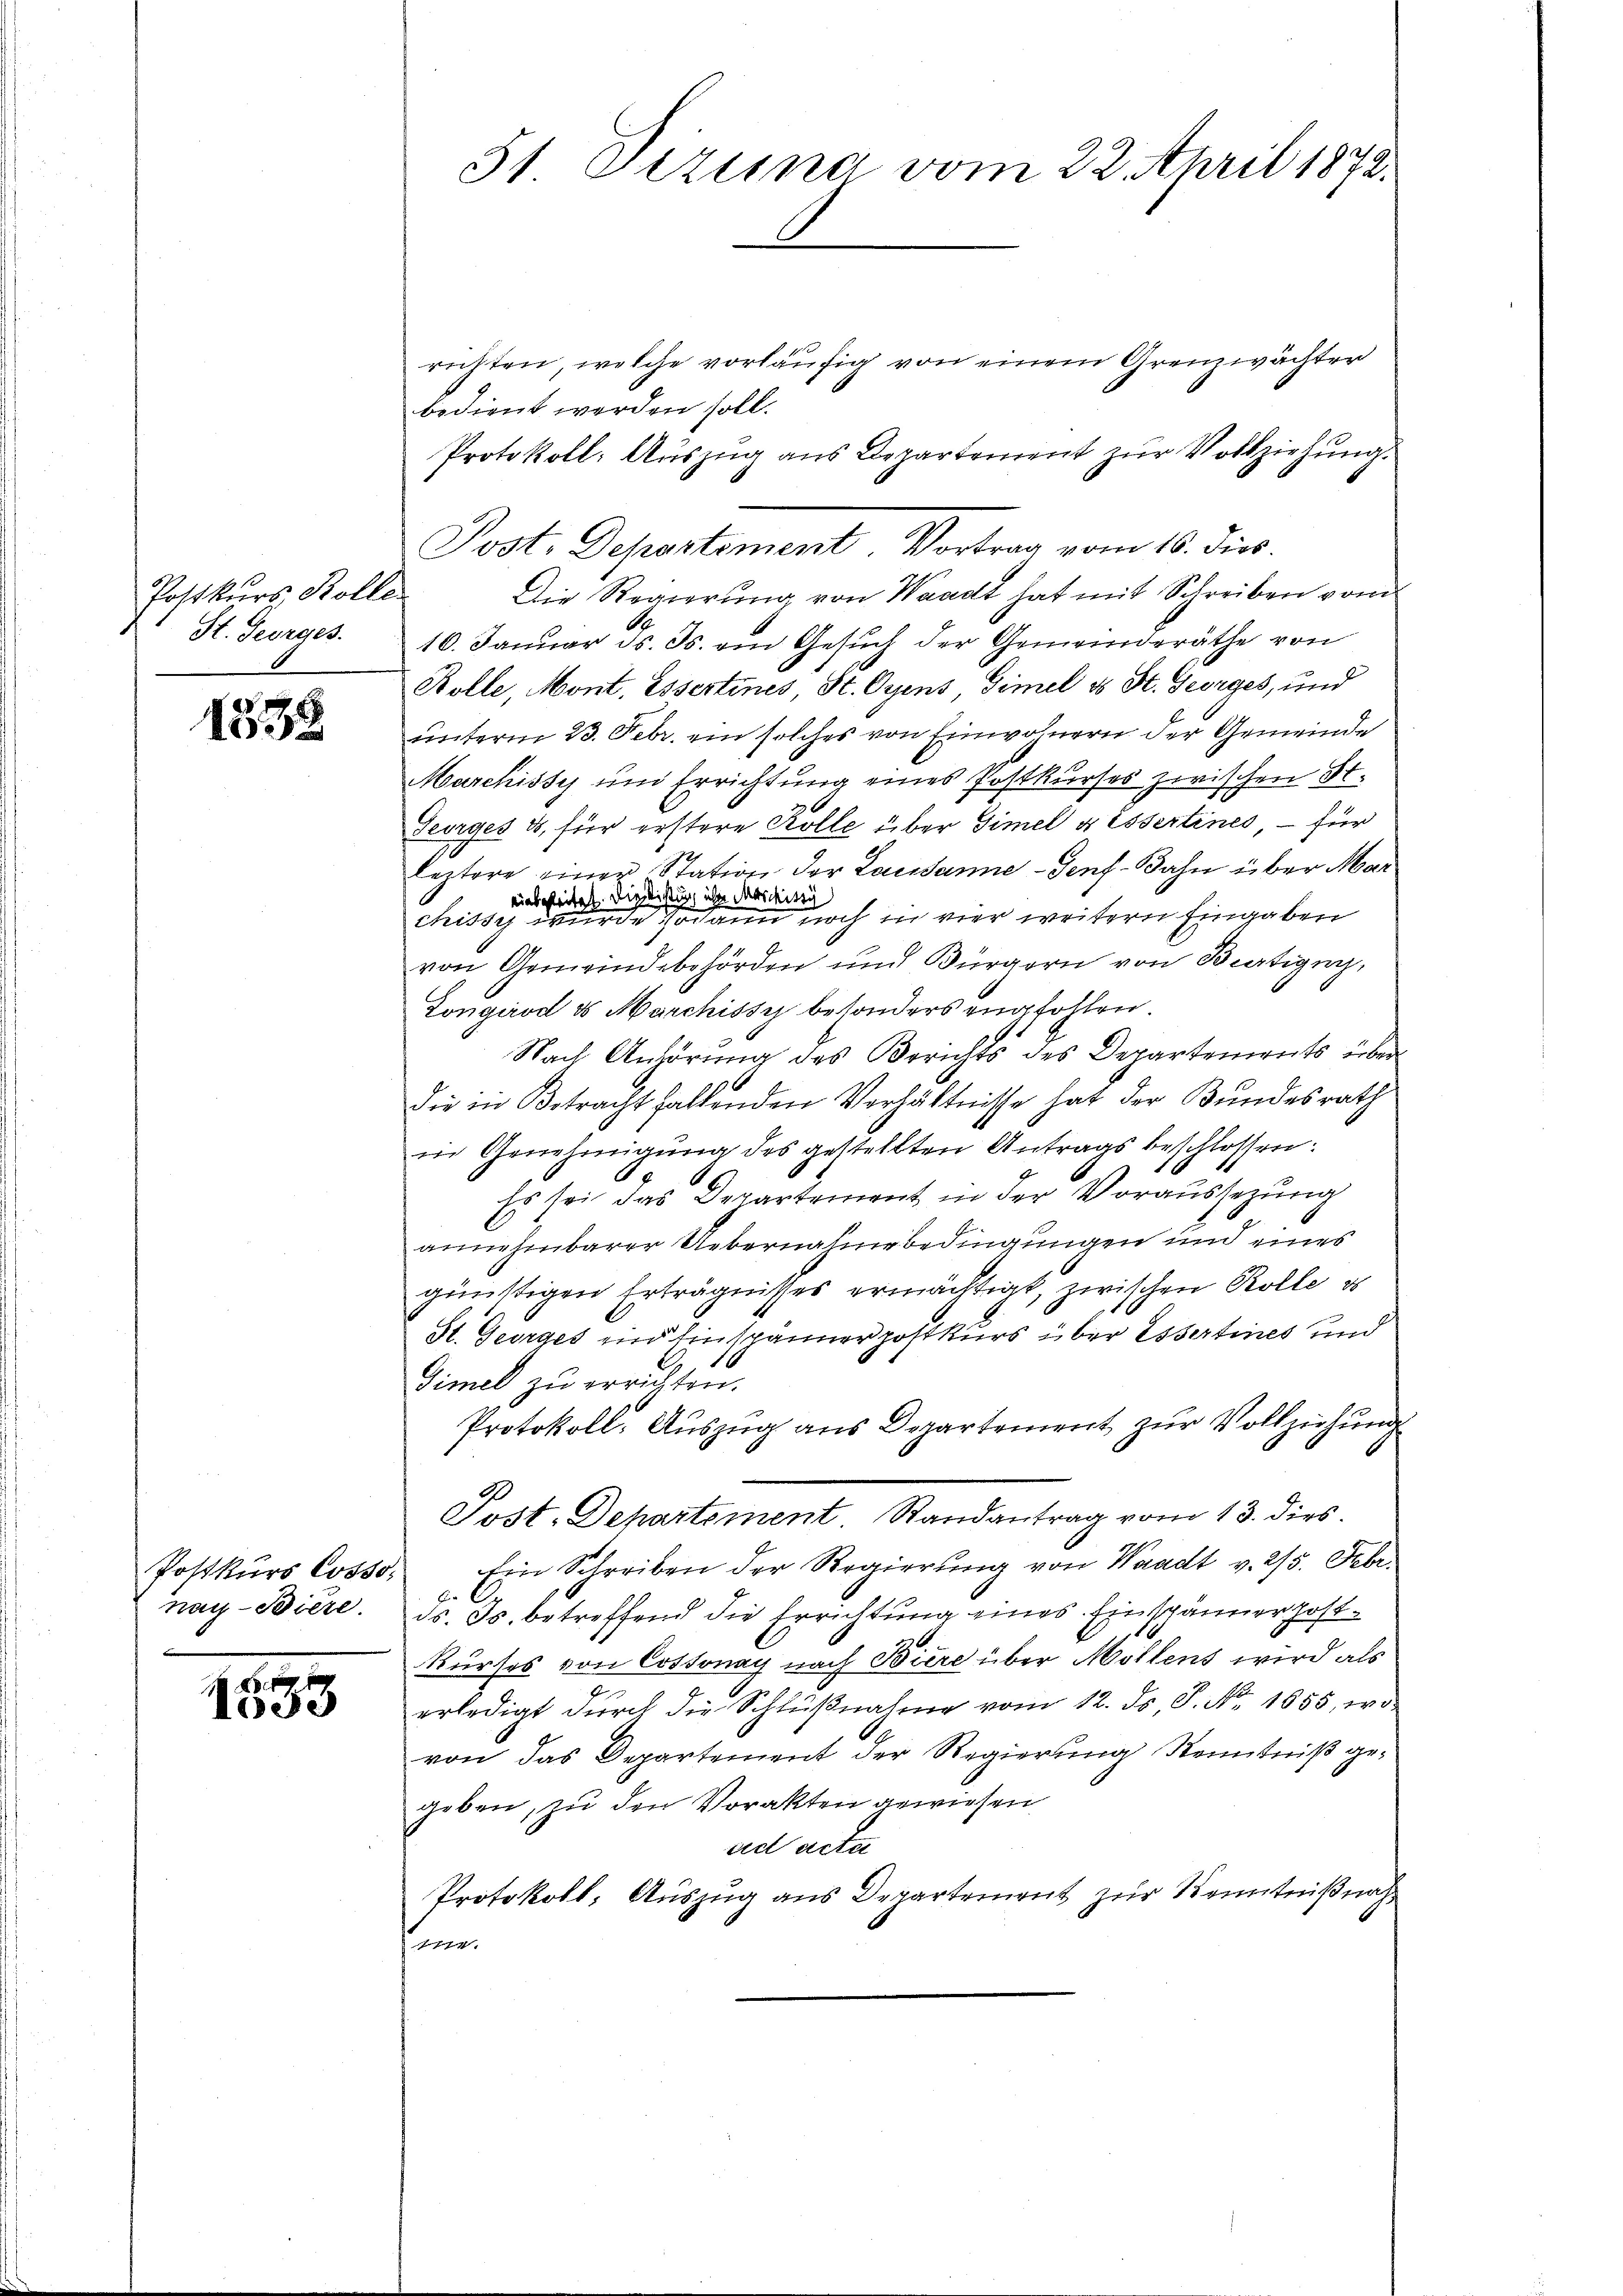
Postkurs Kolle
St. Georges.

1538

.

1855

31 Oczuna vom 22. April 1872.

richten, welche vorläufig von einem Grenzwächter
bedient werden soll.
Protokoll: Auszug aus Departement zur Vollziehung.
Die Regierŭng von Waadt hat mit Schreiben vom
16. Januar ds. Js. am Gesuch der Gemeinderäthe von
Kolle, Mont. Essertines, St. Gyens, Simel ds St. Georges, und
unterm 23. Febr. ein solches von Einwohnern der Gemeinde
Marchissy um Errichtung eines Postkurses zwischen St.
Georges & für erstere Kolle über Simel & Essertines – für
leztere einer Station der Lausanne - Genf-Bahn über Mar
einbegleitet die Richtung ihre Marchissy
chissig werde, sodann noch in vier weitern Eingaben
von Gemeindebehörden und Bürgern von Bietigung,
Longirod es Marchissy besonders empfohlen.
Nach Anhörung des Berichts des Departements überdie in Betracht haltenden Verhältnisse hat der Bundesrath
in Genehmigung des gestellten Antrags beschlossen:
Es sei das Departement in der Voraussezung
annehmbarer Uebernahme bedingungen und eines
günstigen Erträgnisses ermächtigt, zwischen Rolle d
St. Georges und Einspännerpostkurs über Essertines und
Gimel zu errichten.
Protokoll: Auszug aus Departement zur Vollziehung
Post-Dehartement. Randantrag vom 13. dies
Postkŭrs Cosso. Ein Schreiben der Regierŭng von Waadt v. 275. Febr.
nach Biere. ds. Js. betreffend die Errichtung eines Einspännerhostkurses von Cossonay nach Biere über Möllens wird als
erledigt dŭrch die Schlŭβnahme vom 12. ds. S. Nr. 1855, wovon das Departement der Regierung Kenntniß gegeben, zu den Vorakten gewiesen
ad acta
Protokoll, Auszug aus Departement zur Kenntnißnah
ena.

Post. Departement. Vortrag vom 18. dies.